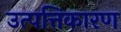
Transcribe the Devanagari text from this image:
उत्पत्तिकारण